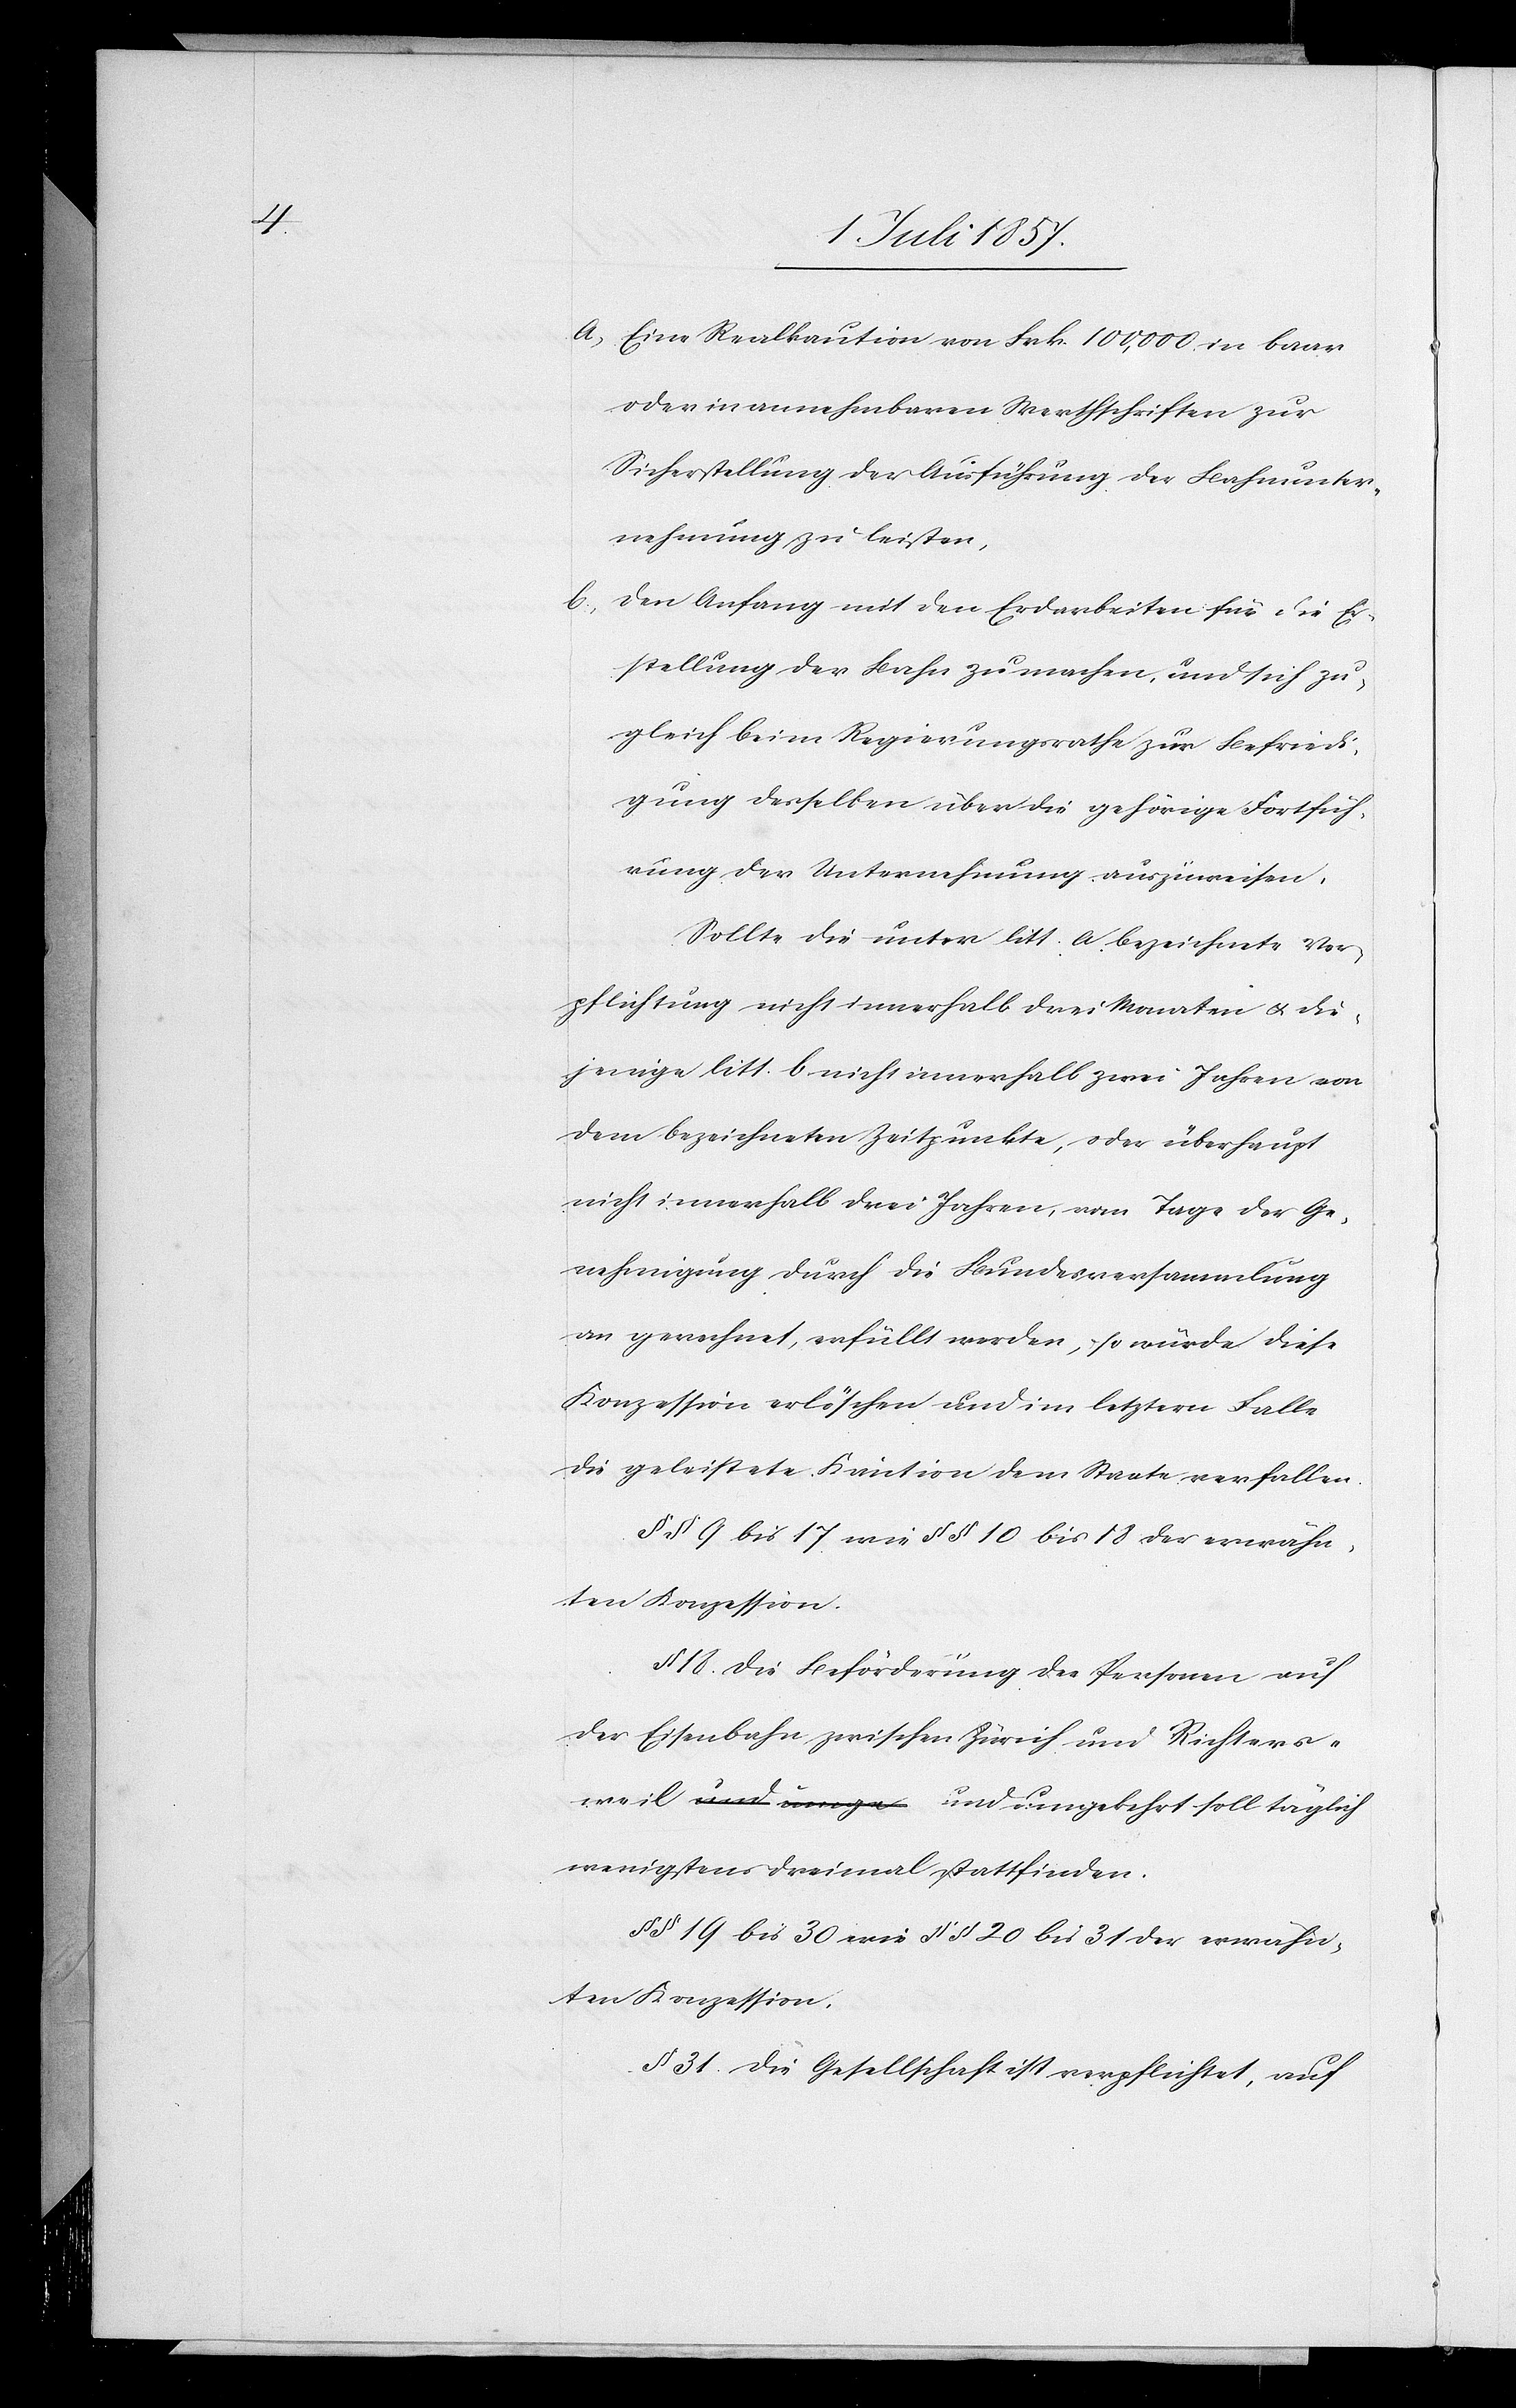
a) eine Realkaution von Frk. 100,000 in baar
oder in annehmbaren Werthschriften zur
Sicherstellung der Ausführung der Bahnunter¬
nehmung zu leisten,
b) den Anfang mit den Erdarbeiten für die Er¬
stellung der Bahn zu machen und sich zu¬
gleich beim Regierungsrathe zur Befriedi¬
gung derselben über die gehörige Fortfüh¬
rung der Unternehmung auszuweisen.
Sollte die unter litt. a bezeichnete Ver¬
pflichtung nicht innerhalb drei Monaten & die¬
jenige litt. b nicht innerhalb zwei Jahren von
dem bezeichneten Zeitpunkte, oder überhaupt
nicht innerhalb drei Jahren, vom Tage der Ge¬
nehmigung durch die Bundesversammlung
an gerechnet, erfüllt werden, so würde diese
Konzession erlöschen und im letztern Falle
die geleistete Kaution dem Staate verfallen.
§§ 9 bis 17 wie §§ 10 bis 18 der erwähn¬
ten Konzession.
§ 18. Die Beförderung der Personen auf
der Eisenbahn zwischen Zürich und Richters¬
weil und umgekehrt soll täglich
wenigstens dreimal stattfinden.
§§ 19 bis 30 wie §§ 20 bis 31 der erwähn¬
ten Konzession.
§ 31. Die Gesellschaft ist verpflichtet, auf